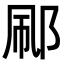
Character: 𬩼